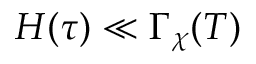
H ( \tau ) \ll \Gamma _ { \chi } ( T )